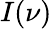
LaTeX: I(\nu)